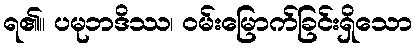
ရ၏။ ပမုဘဒိဿ၊ ဝမ်းမြောက်ခြင်းရှိသော